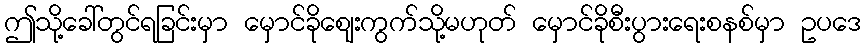
ဤသို့ခေါ်တွင်ရခြင်းမှာ မှောင်ခိုဈေးကွက်သို့မဟုတ် မှောင်ခိုစီးပွားရေးစနစ်မှာ ဥပဒေ